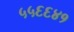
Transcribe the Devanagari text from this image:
५५६६४१